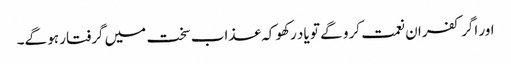
اور اگر کفران نعمت کرو گے تو یاد رکھو کہ عذاب سخت میں گرفتار ہو گے۔